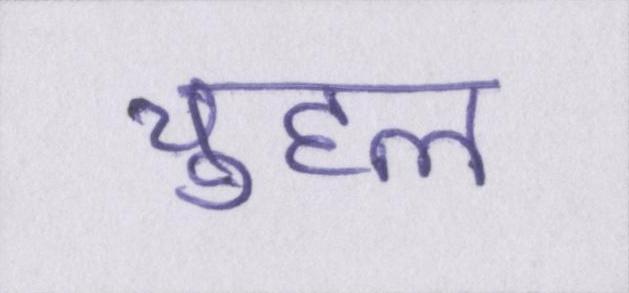
चुहल